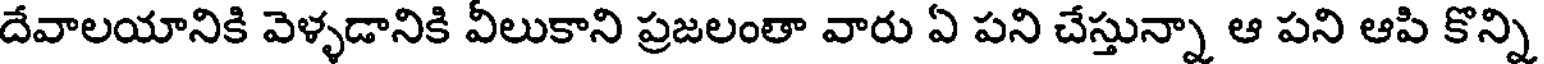
దేవాలయానికి వెళ్ళడానికి వీలుకాని ప్రజలంతా వారు ఏ పని చేస్తున్నా ఆ పని ఆపి కొన్ని